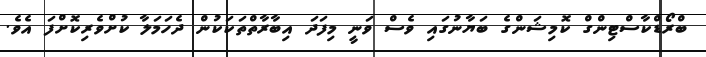
ބްރޯޑްކާސްޓިންގް ކޮމިޝަންގެ ބަޔާނުގައި ވެސް ވަނީ މިފަދަ އިބާރާތްތަކަކުން ދެހަމަލާ ކުށްވެރިކޮށްފަ އެވެ.